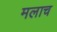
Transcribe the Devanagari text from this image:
मलाच